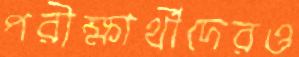
পরীক্ষার্থীদেরও